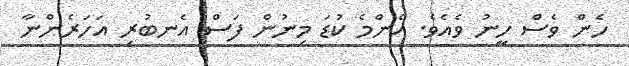
ހެން ވެސް ހީނު ވެއެވެ. އެންމެ ކުޑަ މިނުން ފަސް އެނބުރި އަހަރެންނާ